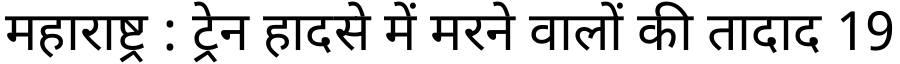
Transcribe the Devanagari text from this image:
महाराष्ट्र : ट्रेन हादसे में मरने वालों की तादाद 19